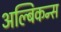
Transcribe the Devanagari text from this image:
अल्बिकन्स